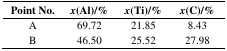
<table><thead><tr><td><b>Point No.</b></td><td><b><i>x</i>(Al)/%</b></td><td><b><i>x</i>(Ti)/%</b></td><td><b><i>x</i>(C)/%</b></td></tr></thead><tbody><tr><td>A</td><td>69.72</td><td>21.85</td><td>8.43</td></tr><tr><td>B</td><td>46.50</td><td>25.52</td><td>27.98</td></tr></tbody></table>